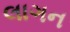
લાગન